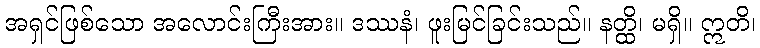
အရှင်ဖြစ်သော အလောင်းကြီးအား။ ဒဿနံ၊ ဖူးမြင်ခြင်းသည်။ နတ္ထိ၊ မရှိ။ ဣတိ၊